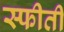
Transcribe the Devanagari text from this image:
स्फीती